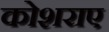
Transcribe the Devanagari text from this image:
कोशराए